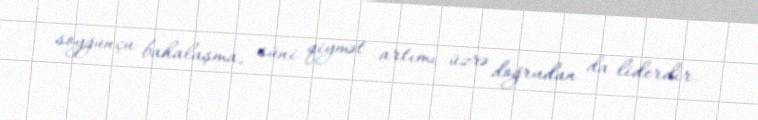
soyğunçu bahalaşma, süni qiymət artımı üzrə doğrudan da liderdir.